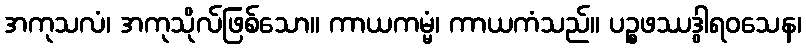
အကုသလံ၊ အကုသိုလ်ဖြစ်သော။ ကာယကမ္မံ၊ ကာယကံသည်။ ပဉ္စဖဿဒွါရဝသေန၊